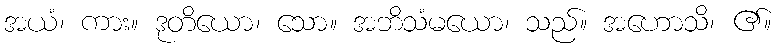
အယံ၊ ကား။ ဒုတိယော၊ သော။ အဘိသံမယော၊ သည်။ အဟောသိ၊ ၏။